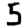
Digit: 5